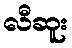
လီဆူး